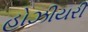
હોઝીયરી